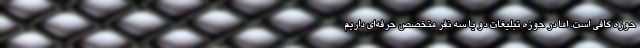
حوزه کافی است. اما در حوزه تبلیغات دو یا سه نفر متخصص حرفه‌ای داریم